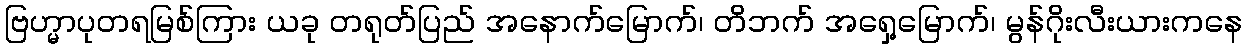
ဗြဟ္မာပုတရမြစ်ကြား ယခု တရုတ်ပြည် အနောက်မြောက်၊ တိဘက် အရှေ့မြောက်၊ မွန်ဂိုးလီးယားကနေ